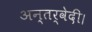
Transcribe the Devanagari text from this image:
अन्तर्वेदी।